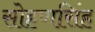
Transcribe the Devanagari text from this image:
सोहणसिंह